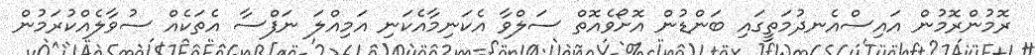
ރޮމުންރޮމުން އައިސްއެނދުމަތީގައި ބަންޑުން އޮށޯވެއޮތް ސަލްވާ އެކަނިމާއެކަނި އަމިއްލަ ނަފްސާ އެތަކެއް ސުވާލެއްކުރަމުން